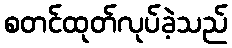
စတင်ထုတ်လုပ်ခဲ့သည်